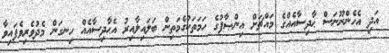
އަދި އެހެންނޫނަސް ޙާދިސާއެއްގެ މައްޗަށް އިންޞާފުގެ ހަމަތަކުގެމަތިން ބަލައިލާއިރު އެޙާދިސާއެއް ހިނގަން މެދުވެރިވެފައިވާ